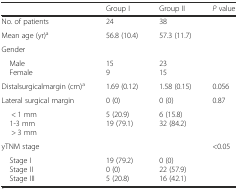
|  | Group I | Group II | P value |
 | --- | --- | --- | --- |
 | No. of patients | 24 | 38 |  |
 | Mean age (yr)a | 56.8 (10.4) | 57.3 (11.7) |  |
 | Gender |  |  |  |
 | Male Female | 159 | 2315 |  |
 | Distalsurgicalmargin (cm)a | 1.69 (0.12) | 1.58 (0.15) | 0.056 |
 | Lateral surgical margin | 0 (0) | 0 (0) | <ROWSPAN=2> 0.87 |
 | < 1 mm 1-3 mm> 3 mm | 5 (20.9)19 (79.1) | 6 (15.8)32 (84.2) |
 | yTNM stage |  |  | <ROWSPAN=2> <0.05 |
 | Stage I Stage II Stage III | 19 (79.2)0 (0)5 (20.8) | 0 (0)22 (57.9)16 (42.1) |